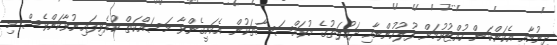
ދިނުމާއި އެކަންކަން ހުއްޓުވުމަށް ފުލުހުންނާއި ދައުލަތުގެ މުވައްސަސާތަކުން އެކަށީގެންވާ މަސައްކަތް ކުރެވިފައިނުވާކަންވެސް މި